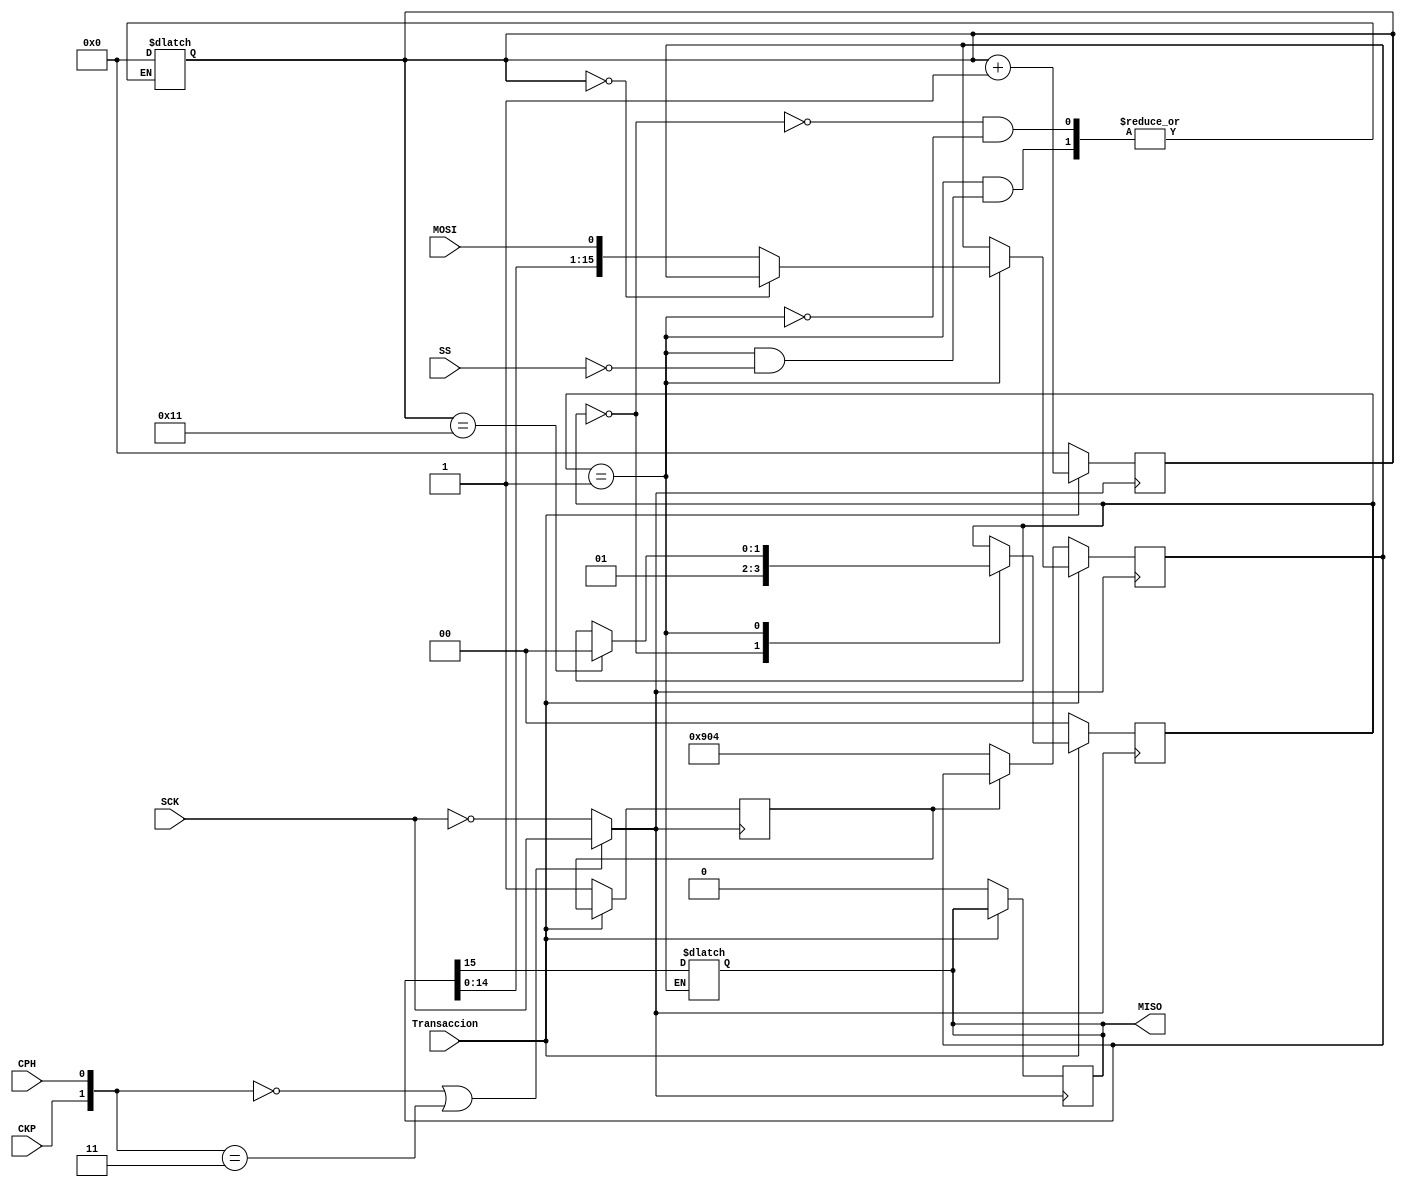
module SPI_Receiver( Transaccion, CPH, CKP, MISO,  MOSI, SCK, SS); 
    input wire  Transaccion, CKP,  CPH, SCK, MOSI, SS;
    output reg  MISO;


// Variables internas
reg [1:0] ESTADO, PROX_ESTADO;
reg [15:0] Data_register, Prox_Data_register;
reg [7:0] Data1 = 8'b00001001;
reg [7:0] Data2 = 8'b00000100;
reg data_begin_data_register = 0;
reg [4:0] Counter_bits;
wire Choose_SCK, Finish_protcol;
wire [1:0] MODO;
assign Finish_protcol = Counter_bits == 5'b10001;
assign MODO = {CKP, CPH};
assign Choose_SCK = (MODO == 0 || MODO == 3) ? SCK : ~SCK;

parameter IDLE = 2'b00;
parameter Begin_Trans = 2'b01;

always @(posedge Choose_SCK) begin
    if (Transaccion == 0) begin
        ESTADO <= 0;
        Counter_bits <= 0;
        MISO <= 0;
        if (data_begin_data_register ==0) begin
            Data_register <= {Data1, Data2};
            data_begin_data_register <= 1;
        end
    end else begin
        ESTADO <= PROX_ESTADO;
        Counter_bits <= Counter_bits +1;
        Data_register <= Prox_Data_register;

    end
end

always @(*) begin
    Prox_Data_register = Data_register;
    PROX_ESTADO = ESTADO;

    case (ESTADO)
        IDLE: begin
            Counter_bits =0;
            if (Transaccion) begin
                PROX_ESTADO = Begin_Trans;
            end else begin
                PROX_ESTADO = IDLE;
            end
        end 
        Begin_Trans: begin
            if (Counter_bits == 0) begin
                MISO = Data_register[15];
            end else begin
                MISO = Data_register[15];
                Prox_Data_register = {Data_register, MOSI};
            end
            if (Finish_protcol) begin
                PROX_ESTADO = IDLE;
            end
            if (SS == 1) begin
                Counter_bits = 0;
            end
        end
    endcase
end

endmodule